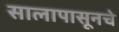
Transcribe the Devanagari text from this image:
सालापासूनचे